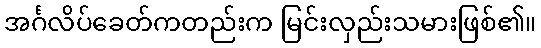
အင်္ဂလိပ်ခေတ်ကတည်းက မြင်းလှည်းသမားဖြစ်၏။